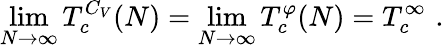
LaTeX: \operatorname*{lim}_{N\to\infty}T_{c}^{C_{V}}(N)=\operatorname*{lim}_{N\to\infty}T_{c}^{\varphi}(N)=T_{c}^{\infty}\, \, .